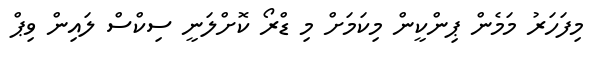
މިފަހަރު މަމެން ޕިންކީން މިކަމަށް މި ޑްރޯ ކޮށްލަނީ ސިކްސް ލައިން ވިޕް